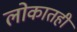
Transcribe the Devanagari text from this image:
लोकातही